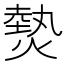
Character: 𤍽